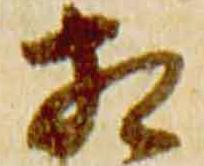
相